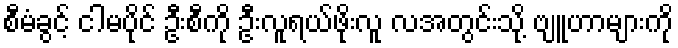
စီမံခွင့် ငါမပိုင် ဦးစီကို ဦးလူရယ်ဖိုးလူ လအတွင်းသို့ ဗျူဟာများကို